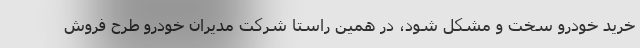
خرید خودرو سخت و مشکل شود، در همین راستا شرکت مدیران خودرو طرح فروش